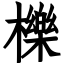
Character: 櫟